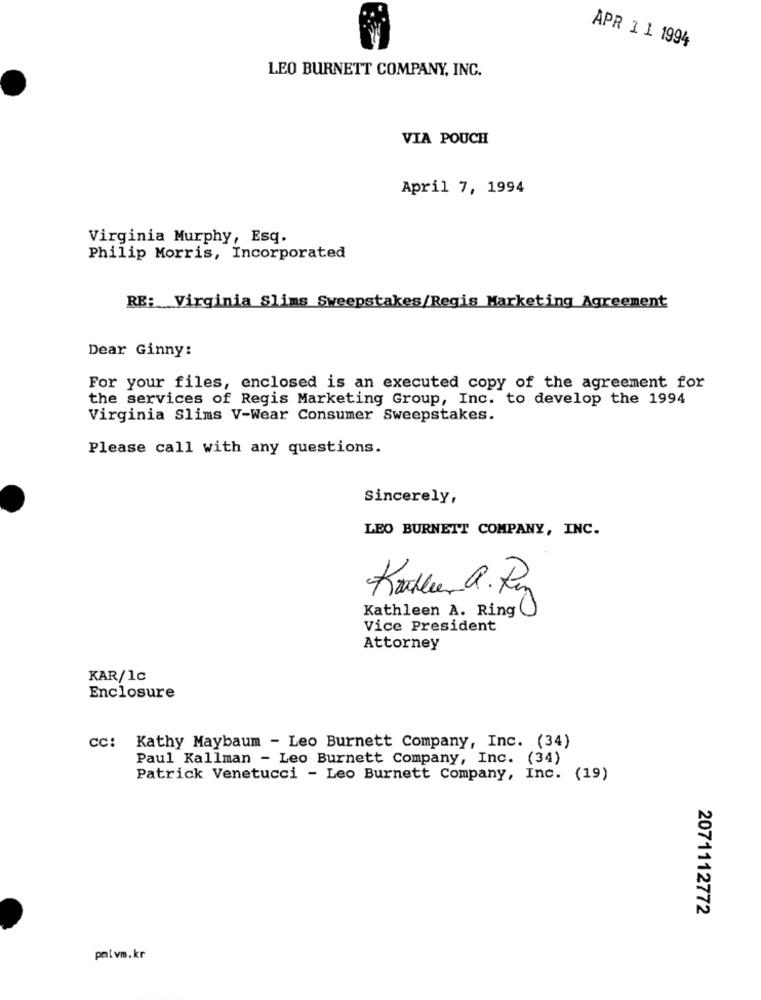
APR 1 1 1994
LEO BURNETT COMPANY, INC.
VIA POUCH
April 7, 1994
Virginia Murphy, Esq.
Philip Morris, Incorporated
RE: Virginia Slims Sweepstakes/Regis Marketing Agreement
Dear Ginny:
For your files, enclosed is an executed copy of the agreement for
the services of Regis Marketing Group, Inc. to develop the 1994
Virginia Slims V-Wear Consumer Sweepstakes.
Please call with any questions.
Sincerely,
LEO BURNETT COMPANY, INC.
Kathleen A. Ring
000
Vice President
Attorney
KAR/1c
Enclosure
cc: Kathy Maybaum - Leo Burnett Company, Inc. (34)
Paul Kallman - Leo Burnett Company, Inc. (34)
Patrick Venetucci - Leo Burnett Company, Inc. (19)
2071112772
pat vm.kr